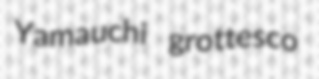
Yamauchi grottesco